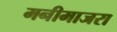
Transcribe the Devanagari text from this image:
मनीमाजरा